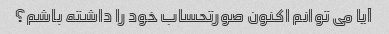
آیا می توانم اکنون صورتحساب خود را داشته باشم؟